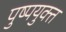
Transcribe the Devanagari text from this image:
पुष्पयुक्त